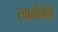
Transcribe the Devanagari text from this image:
स्वामींनीही